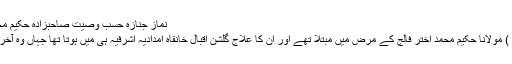
نماز جنازہ حسب وصیت صاحبزادہ حکیم محمد مظہر پڑھائیں گے
کراچی (اسٹاف رپورٹر ) مولانا حکیم محمد اختر فالج کے مرض میں مبتلا تھے اور ان کا علاج گلشن اقبال خانقاہ امدادیہ اشرفیہ ہی میں ہوتا تھا جہاں وہ آخری وقت تک مقیم رہے۔